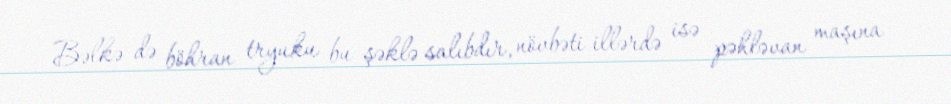
Bəlkə də böhran tryuku bu şəklə salıbdır, növbəti illərdə isə pəhləvan maşına